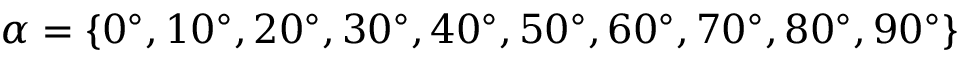
\alpha = \{ 0 ^ { \circ } , 1 0 ^ { \circ } , 2 0 ^ { \circ } , 3 0 ^ { \circ } , 4 0 ^ { \circ } , 5 0 ^ { \circ } , 6 0 ^ { \circ } , 7 0 ^ { \circ } , 8 0 ^ { \circ } , 9 0 ^ { \circ } \}